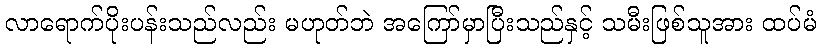
လာရောက်ပိုးပန်းသည်လည်း မဟုတ်ဘဲ အကြော်မှာပြီးသည်နှင့် သမီးဖြစ်သူအား ထပ်မံ